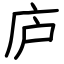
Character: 庐